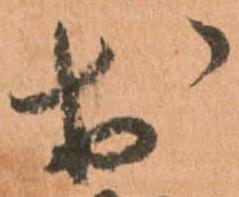
於